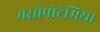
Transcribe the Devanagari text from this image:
मसोपोटेमिया